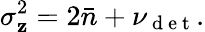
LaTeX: \sigma_{\mathbf{z}}^{2}=2\bar{{n}}+\nu_{\mathrm{{~d~e~t~}}}.